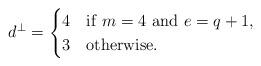
LaTeX: \begin{align*} d^{\bot}=\begin{cases}4 &{\rm if} ~m=4~{\rm and}~e=q+1,\\3 &{\rm otherwise}.\end{cases} \end{align*}